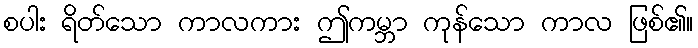
စပါး ရိတ်သော ကာလကား ဤကမ္ဘာ ကုန်သော ကာလ ဖြစ်၏။